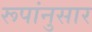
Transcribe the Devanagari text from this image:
रूपांनुसार